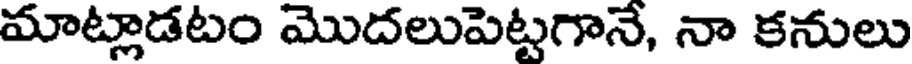
మాట్లాడటం మొదలుపెట్టగానే, నా కనులు